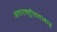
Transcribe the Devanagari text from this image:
अंतरराष्ट्रीयतावाद